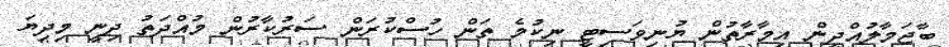
ބާޖަމާލުއްދީން އިމާރާތުން ޔުނިވަސިޓީ ނިކުމެ ތަން ހުސްކުރަން ސަރުކާރުން މުއްދަތު ދިނީ މިދިޔަ